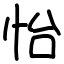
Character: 怡